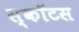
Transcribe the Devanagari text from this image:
स्कॉटस